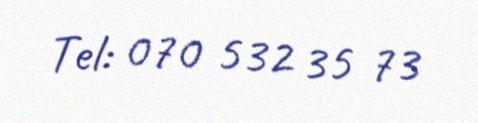
Tel: 070 532 35 73